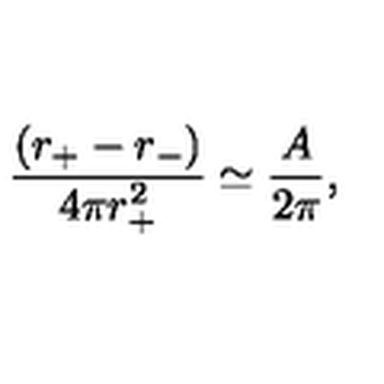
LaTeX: \frac { ( { r } _ { + } - r _ { - } ) } { 4 \pi { r } _ { + } ^ { 2 } } \simeq \frac { A } { 2 \pi } ,